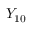
Y _ { 1 0 }